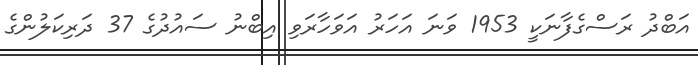
އަބްދު ރަސްގެފާނަކީ 1953 ވަނަ އަހަރު އަވަހާރަވި އިބްނު ސައުދުގެ 37 ދަރިިކަލުންގެ